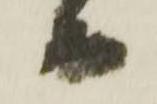
而